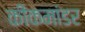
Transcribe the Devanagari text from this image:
कीकमांडर